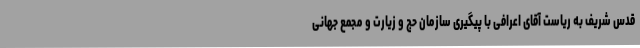
قدس شریف به ریاست آقای اعرافی با پیگیری سازمان حج و زیارت و مجمع جهانی